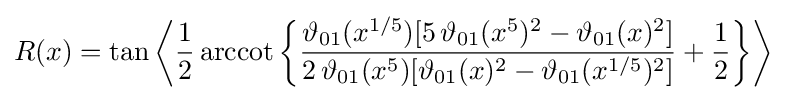
R(x)=\tan {\biggl \langle }{\frac {1}{2}}\operatorname {arccot} {\biggl \{}{\frac {\vartheta _{01}(x^{1/5})[5\,\vartheta _{01}(x^{5})^{2}-\vartheta _{01}(x)^{2}]}{2\,\vartheta _{01}(x^{5})[\vartheta _{01}(x)^{2}-\vartheta _{01}(x^{1/5})^{2}]}}+{\frac {1}{2}}{\biggr \}}{\biggr \rangle }